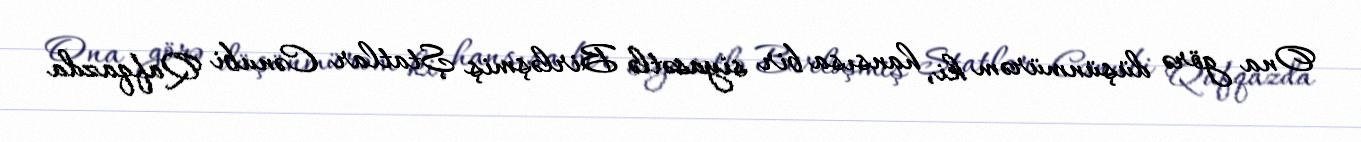
Ona görə düşünmürəm ki, hansısa bir siyasətlə Birləşmiş Ştatlar Cənubi Qafqazda